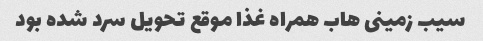
سیب زمینی هاب همراه غذا موقع تحویل سرد شده بود